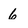
Character: 6